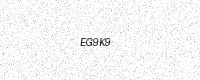
Text: EG9K9